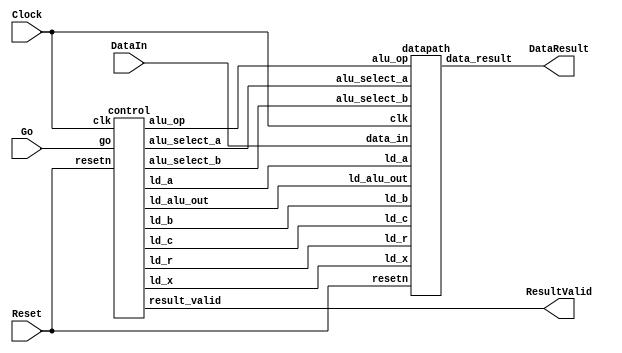
//part 2
module part2(Clock, Reset, Go, DataIn, DataResult, ResultValid);
    input Clock;
    input Reset;
    input Go;
    input [7:0] DataIn;
    output [7:0] DataResult;
    output ResultValid;

    // lots of wires to connect our datapath and control
    wire ld_a, ld_b, ld_c, ld_x, ld_r;
    wire ld_alu_out;
    wire [1:0]  alu_select_a, alu_select_b;
    wire alu_op;

    control C0(
        .clk(Clock),
        .resetn(Reset),
        
        .go(Go),
        
        .ld_alu_out(ld_alu_out), 
        .ld_x(ld_x),
        .ld_a(ld_a),
        .ld_b(ld_b),
        .ld_c(ld_c), 
        .ld_r(ld_r), 
        
        .alu_select_a(alu_select_a),
        .alu_select_b(alu_select_b),
        .alu_op(alu_op),
		  .result_valid(ResultValid)
    );

    datapath D0(
        .clk(Clock),
        .resetn(Reset),

        .ld_alu_out(ld_alu_out), 
        .ld_x(ld_x),
        .ld_a(ld_a),
        .ld_b(ld_b),
        .ld_c(ld_c), 
        .ld_r(ld_r), 

        .alu_select_a(alu_select_a),
        .alu_select_b(alu_select_b),
        .alu_op(alu_op),

        .data_in(DataIn),
        .data_result(DataResult)
    );
                
 endmodule        

module control (input clk, resetn, go, output reg  ld_a, ld_b, ld_c, ld_x, 
					ld_r, ld_alu_out, output reg [1:0]  alu_select_a, alu_select_b,
					output reg alu_op, output reg result_valid);

				reg [5:0] current_state, next_state; 
				localparam  S_LOAD_A 		 = 5'd0,
								S_LOAD_A_WAIT   = 5'd1,
								S_LOAD_B        = 5'd2,
								S_LOAD_B_WAIT   = 5'd3,
								S_LOAD_C        = 5'd4,
								S_LOAD_C_WAIT   = 5'd5,
								S_LOAD_X        = 5'd6,
								S_LOAD_X_WAIT   = 5'd7,
								S_CYCLE_0       = 5'd8,
								S_CYCLE_1       = 5'd9,
								S_CYCLE_2       = 5'd10,
								S_CYCLE_3       = 5'd11;
				// state table
				
				always @(*)
				begin

				case (current_state)
					// loop in current state until value is input
					S_LOAD_A: next_state = go ? S_LOAD_A_WAIT : S_LOAD_A;
					// loop in current state until go signal goes low
					S_LOAD_A_WAIT: next_state = go ? S_LOAD_A_WAIT : S_LOAD_B;
					// loop in current state until value is input
					S_LOAD_B: next_state = go ? S_LOAD_B_WAIT : S_LOAD_B; 
					// loop in current state until go signal goes low
					S_LOAD_B_WAIT: next_state = go ? S_LOAD_B_WAIT : S_LOAD_C;
					// loop in current state until value is input
					S_LOAD_C: next_state = go ? S_LOAD_C_WAIT : S_LOAD_C; 
					// loop in current state until go signal goes low
					S_LOAD_C_WAIT: next_state = go ? S_LOAD_C_WAIT : S_LOAD_X;
					// loop in current state until value is input
					S_LOAD_X: next_state = go ? S_LOAD_X_WAIT : S_LOAD_X; 
					// loop in current state until go signal goes low
					S_LOAD_X_WAIT: next_state = go ? S_LOAD_X_WAIT : S_CYCLE_0; 
					S_CYCLE_0: next_state = S_CYCLE_1;
					S_CYCLE_1: next_state = S_CYCLE_2;
					S_CYCLE_2: next_state = S_CYCLE_3;
					// start over after
					S_CYCLE_3: next_state = S_LOAD_A; 
					default: next_state = S_LOAD_A;
				endcase

				end // state_table
   

				// output logic for datapath control signals
				always @(*)
				begin
				// all signals are 0 by default, to avoid latches.

					ld_alu_out = 1'b0;
					ld_a = 1'b0;
					ld_b = 1'b0;
					ld_c = 1'b0;
					ld_x = 1'b0;
					ld_r = 1'b0;
					alu_select_a = 2'b0;
					alu_select_b = 2'b0;
					alu_op       = 1'b0;

					case (current_state)
						S_LOAD_A: begin
										ld_a = 1'b1;
									 end
						S_LOAD_B: begin
										ld_b = 1'b1;
									 end
						S_LOAD_C: begin
										ld_c = 1'b1;
									 end
						S_LOAD_X: begin
										ld_x = 1'b1;
									 end
						S_CYCLE_0: begin // do B <- B * x 
										ld_alu_out = 1'b1; ld_b = 1'b1; // store result back into B
										alu_select_a = 2'd1; // select register B
										alu_select_b = 2'd3; // also select register x
										alu_op = 1'b1; // do multiply operation
									  end
						S_CYCLE_1: begin // do A <- A + B
										ld_alu_out = 1'b1; ld_a = 1'b1; // store result back into A
										alu_select_a = 2'd0; // select register A
										alu_select_b = 2'd1; // also select register B
										alu_op = 1'b0; // do addition operation
									  end
						S_CYCLE_2: begin // do A <- A * x
										ld_alu_out = 1'b1; ld_a = 1'b1; // store result back into A
										alu_select_a = 2'd0; // select register A
										alu_select_b = 2'd3; // also select register x
										alu_op = 1'b1; // do multiply operation
									  end
						S_CYCLE_3: begin // do A + C
										ld_r = 1'b1; // store result in result register
										alu_select_a = 2'd0; // select register A
										alu_select_b = 2'd2; // select register C
										alu_op = 1'b0; // do addition operation
										result_valid <= 1;
									  end
						// no default needed; all of our outputs were assigned a value
					endcase		 
				
				end // enable_signals

				// current_state registers
				always @(posedge clk)
				begin
					if(!resetn)
						current_state <= S_LOAD_A;
					else
						current_state <= next_state;
				end // state_FFS
				
endmodule // control



module datapath( //same from given part 2 template code
    input clk,
    input resetn,
    input [7:0] data_in,
    input ld_alu_out,
    input ld_x, ld_a, ld_b, ld_c,
    input ld_r,
    input alu_op,
    input [1:0] alu_select_a, alu_select_b,
    output reg [7:0] data_result
    );

    // input registers
    reg [7:0] a, b, c, x;

    // output of the alu
    reg [7:0] alu_out;
    // alu input muxes
    reg [7:0] alu_a, alu_b;

    // Registers a, b, c, x with respective input logic
    always@(posedge clk) begin
        if(!resetn) begin
            a <= 8'b0;
            b <= 8'b0;
            c <= 8'b0;
            x <= 8'b0;
        end
        else begin
            if(ld_a)
                a <= ld_alu_out ? alu_out : data_in; // load alu_out if load_alu_out signal is high, otherwise load from data_in
            if(ld_b)
                b <= ld_alu_out ? alu_out : data_in; // load alu_out if load_alu_out signal is high, otherwise load from data_in
            if(ld_x)
                x <= data_in;

            if(ld_c)
                c <= data_in;
        end
    end

    // Output result register
    always@(posedge clk) begin
        if(!resetn) begin
            data_result <= 8'b0;
        end
        else
            if(ld_r)
                data_result <= alu_out;
    end

    // The ALU input multiplexers
    always @(*)
    begin
        case (alu_select_a)
            2'd0:
                alu_a = a;
            2'd1:
                alu_a = b;
            2'd2:
                alu_a = c;
            2'd3:
                alu_a = x;
            default: alu_a = 8'b0;
        endcase

        case (alu_select_b)
            2'd0:
                alu_b = a;
            2'd1:
                alu_b = b;
            2'd2:
                alu_b = c;
            2'd3:
                alu_b = x;
            default: alu_b = 8'b0;
        endcase
    end

    // The ALU
    always @(*)
    begin : ALU
        // alu
        case (alu_op)
            0: begin
                   alu_out = alu_a + alu_b; //performs addition
               end
            1: begin
                   alu_out = alu_a * alu_b; //performs multiplication
               end
            default: alu_out = 8'b0;
        endcase
    end

endmodule